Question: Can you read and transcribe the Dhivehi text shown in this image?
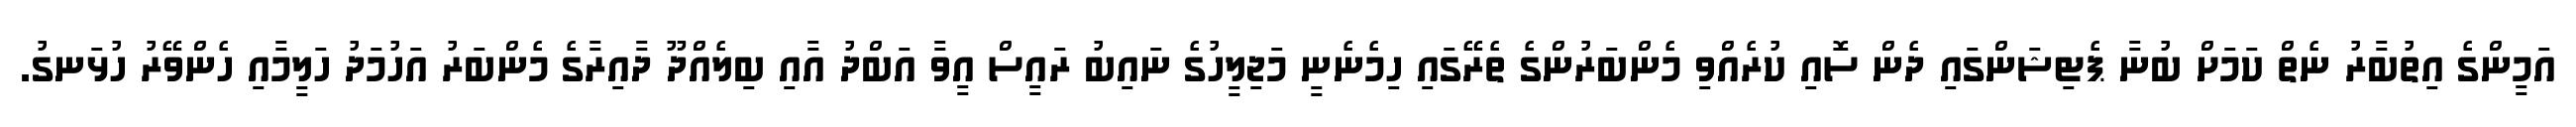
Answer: އަމީންގެ އިތުބާރު ނެތް ކަމަށް ބުނާ ޕެޓިޝަންގައި ދެން ސޮއި ކުރެއްވި މެންބަރުންގެ ތެރޭގައި ހިމެނެނީ މަޖިލީހުގެ ނައިބު ރައީސް އީވާ އަބްދު އާއި ބިލެއްދޫ ދާއިރާގެ މެންބަރު އަހުމަދު ހަލީމާއި ހެންވޭރު ހުޅަނގު.